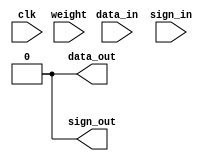
`timescale 1ns / 1ps

module neuron (
  clk,
  weight,
  data_in,
  sign_in,
  data_out,
  sign_out
  );

  input clk, weight;
  input data_in, sign_in;
  output data_out, sign_out;
  // reg counter, data_out;
  reg [3:0] counter;
  reg data_out, sign_out;

  initial begin
    counter <= 4'b0;
    data_out <= 0;
    sign_out <= 0;
  end

  // The receiver
  always @ ( data_in, sign_in ) begin

    // debug block
    // $display ("counter= %d", (counter));
    // $display ("data_in=  %b", (data_in));
    // $display ("sign_in=  %b \n", (sign_in));

    if (data_in == 1 && sign_in == 1) // positive pulse
      begin
        counter <= counter + 1;
      end
    else if (data_in == 1 && sign_in == 0) // negative pulse
      begin
        counter <= (counter == 4'b0) ? 0 : counter - 1;
      end
  end

  // The transmitter
  always @ (negedge clk) begin
    if (counter > 4'b0010) begin // Threshold = 2
      data_out <= 1;
      sign_out <= weight;
      counter <= 4'b0;           // clear the counter
      #1 // generate the pulse
      data_out <= 0;
      sign_out <= 0;
    end else begin
      data_out <= 0;
      sign_out <= 0;
    end
  end

endmodule // neuron